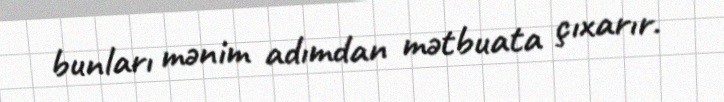
bunları mənim adımdan mətbuata çıxarır.